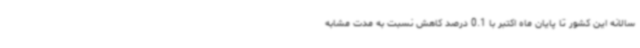
سالانه این کشور تا پایان ماه اکتبر با 0.1 درصد کاهش نسبت به مدت مشابه